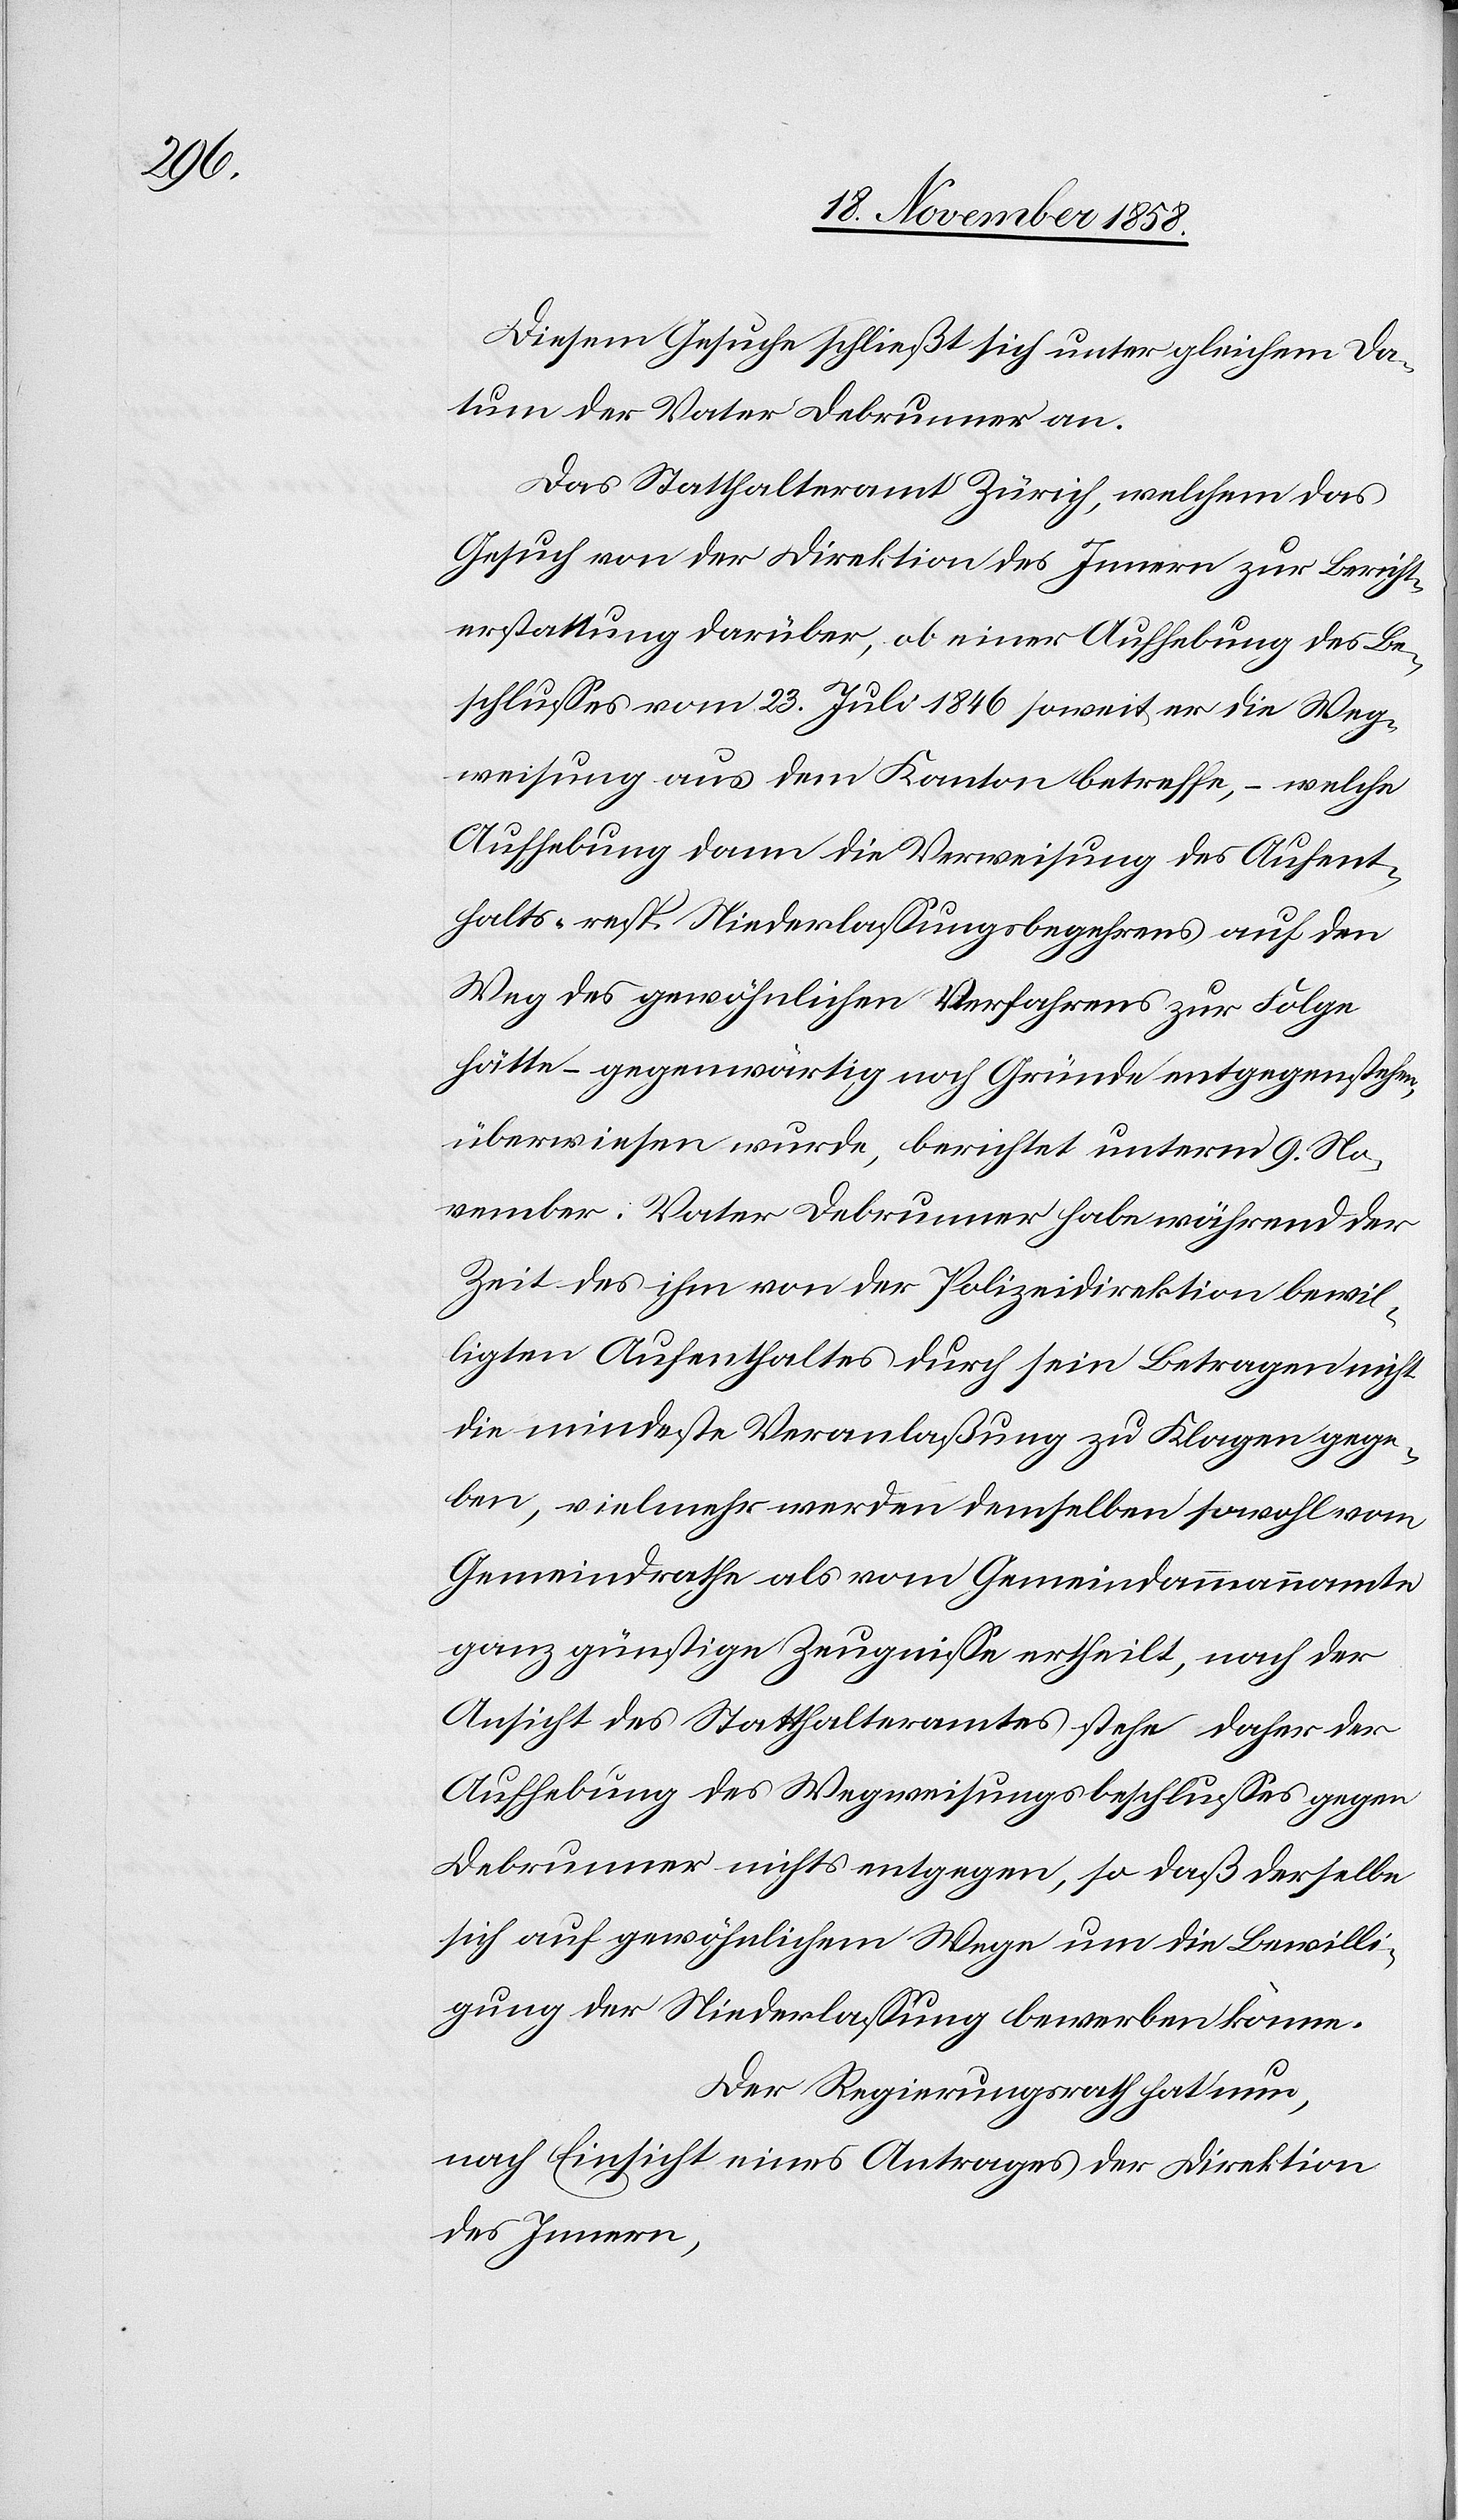
Diesem Gesuche schließt sich unter gleichem Da¬
tum der Vater Debrunner an.
Das Statthalteramt Zürich, welchem das
Gesuch von der Direktion des Innern zur Bericht¬
erstattung darüber, ob einer Aufhebung des Be¬
schlusses vom 23. Juli 1846 soweit er die Weg¬
weisung aus dem Kanton betreffe, – welche
Aufhebung dann die Verweisung des Aufent¬
halts- resp. Niederlassungsbegehrens auf den
Weg des gewöhnlichen Verfahrens zur Folge
hätte – gegenwärtig noch Gründe entgegenstehen,
überwiesen wurde, berichtet unterm 9. No¬
vember: Vater Debrunner habe während der
Zeit des ihm von der Polizeidirektion bewil¬
ligten Aufenthaltes durch sein Betragen nicht
die mindeste Veranlaßung zu Klagen gege¬
ben, vielmehr werden demselben sowohl vom
Gemeindrathe als vom Gemeindammannamte
ganz günstige Zeugnisse ertheilt, nach der
Ansicht des Statthalteramtes stehe daher der
Aufhebung des Wegweisungsbeschlusses gegen
Debrunner nichts entgegen, so daß derselbe
sich auf gewöhnlichem Wege um die Bewilli¬
gung der Niederlassung bewerben könne.
Der Regierungsrath hat nun,
nach Einsicht eines Antrages der Direktion
des Innern,